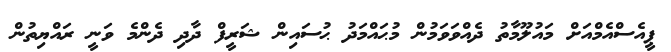
ޕީއެސްއެމްއަށް މައުލޫމާތު ދެއްވަވަމުން މުޙައްމަދު ޙުސައިން ޝަރީފް ދާދި ދެންމެ ވަނީ ރައްޔިތުން